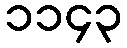
၁၁၄၃